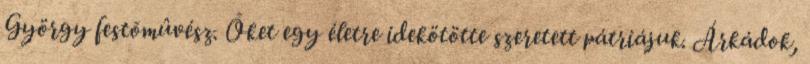
György festõmûvész. Õket egy életre idekötötte szeretett pátriájuk. Árkádok,